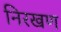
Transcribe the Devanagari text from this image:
निरखण